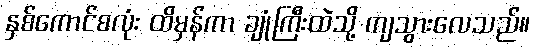
နှစ်ကောင်စလုံး ထိမှန်ကာ ချုံကြီးထဲသို့ ကျသွားလေသည်။